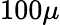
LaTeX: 100\mu